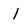
Character: l